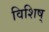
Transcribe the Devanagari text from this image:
विशिष्